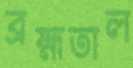
ব্রহ্মতাল